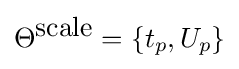
\Theta ^{\mbox{scale}}=\{t_{p},U_{p}\}